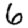
Digit: 6